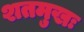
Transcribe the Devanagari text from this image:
शतमुखः